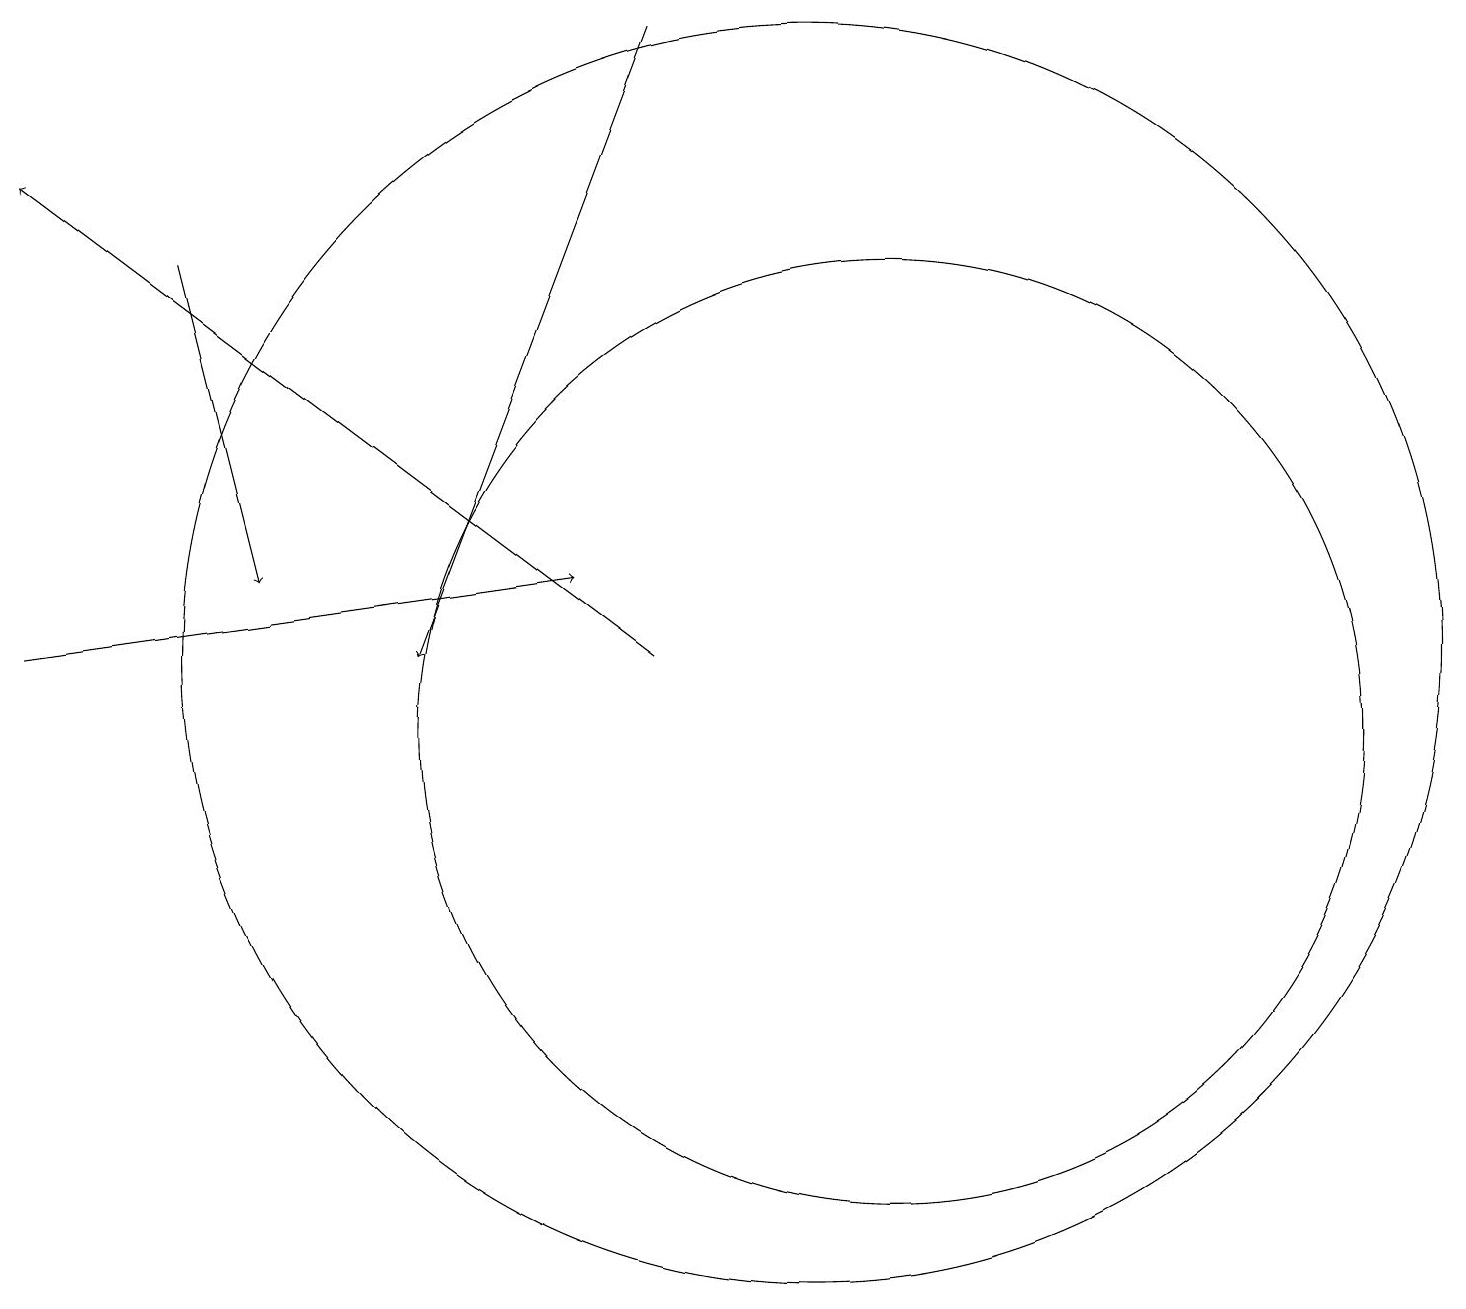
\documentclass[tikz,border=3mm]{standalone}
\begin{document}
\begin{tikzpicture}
\draw (11,11) circle (8);
\draw[->] (3,16) -- (4,12);
\draw[->] (1,11) -- (8,12);
\draw[->] (9,19) -- (6,11);
\draw (12,10) circle (6);
\draw[->] (9,11) -- (1,17);
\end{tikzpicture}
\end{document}